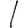
Digit: 1